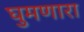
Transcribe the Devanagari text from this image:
घुमणारा